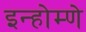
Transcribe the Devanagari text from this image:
इन्होम्णे